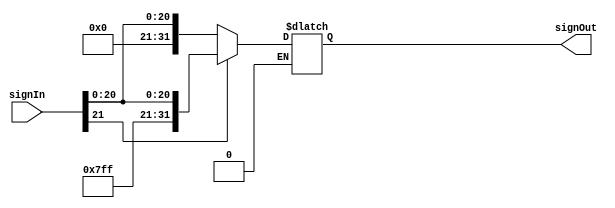
`timescale 1ns / 1ps
//////////////////////////////////////////////////////////////////////////////////
// Company: 
// Engineer: 
// 
// Design Name: 
// Module Name: sign_extender
// Project Name: 
// Target Devices: 
// Tool Versions: 
// Description: 
// 
// Dependencies: 
// 
// Revision:
// Revision 0.01 - File Created
// Additional Comments:
// 
//////////////////////////////////////////////////////////////////////////////////


module sign_extender(signIn, signOut);
    input [21:0] signIn;
    output reg [31:0] signOut;
    
    always@ (signIn, signOut)
        
        if (signIn[21] == 1)
            signOut = {10'b1111111111,signIn};
        else if (signIn[21] == 0)
            signOut = {10'b0000000000,signIn};
endmodule